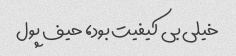
خیلی بی کیفیت بود، حیف پول